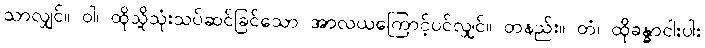
သာလျှင်။ ဝါ၊ ထိုသို့သုံးသပ်ဆင်ခြင်သော အာလယကြောင့်ပင်လျှင်။ တနည်း။ တံ၊ ထိုခန္ဓာငါးပါး